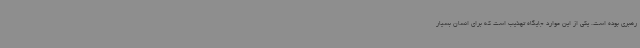
رهبری بوده است. یکی از این موارد جایگاه تهذیب است که برای انسان بسیار